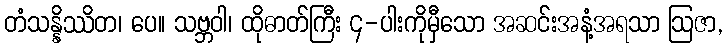
တံသန္နိဿိတ၊ ပေ။ သဗ္ဘဝါ၊ ထိုဓာတ်ကြီး ၄-ပါးကိုမှီသော အဆင်းအနံ့အရသာ ဩဇာ,